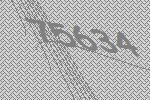
75634